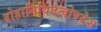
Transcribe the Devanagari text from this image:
दोहानिधितत्वोपदेश